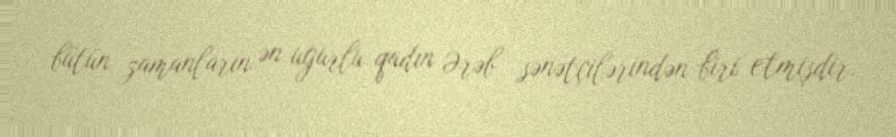
bütün zamanların ən uğurlu qadın Ərəb sənətçilərindən biri etmişdir.